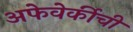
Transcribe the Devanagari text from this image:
अफेवेर्कीची